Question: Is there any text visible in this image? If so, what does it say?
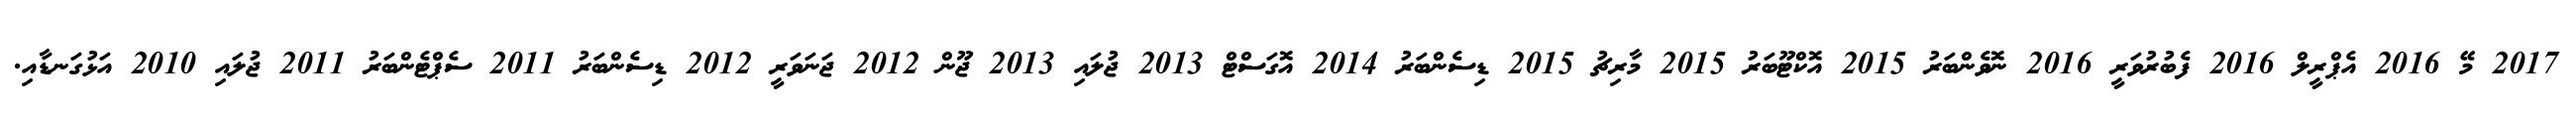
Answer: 2017 މޭ 2016 އެޕްރީލް 2016 ފެބުރުވަރީ 2016 ނޮވެންބަރު 2015 އޮކްޓޫބަރު 2015 މާރިޗު 2015 ޑިސެންބަރު 2014 އޮގަސްޓް 2013 ޖުލައި 2013 ޖޫން 2012 ޖަނަވަރީ 2012 ޑިސެންބަރު 2011 ސެޕްޓެންބަރު 2011 ޖުލައި 2010 އަޅުގަނޑާއި.